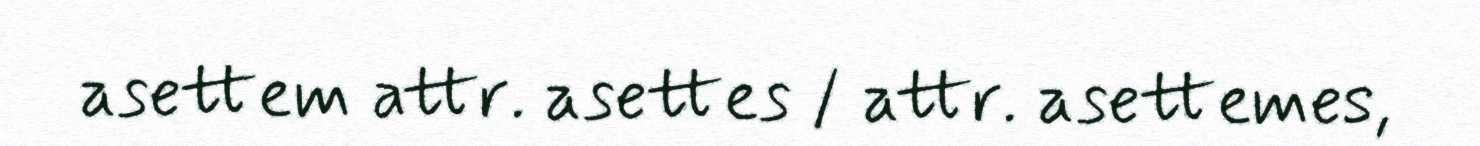
asettem attr. asettes / attr. asettemes,